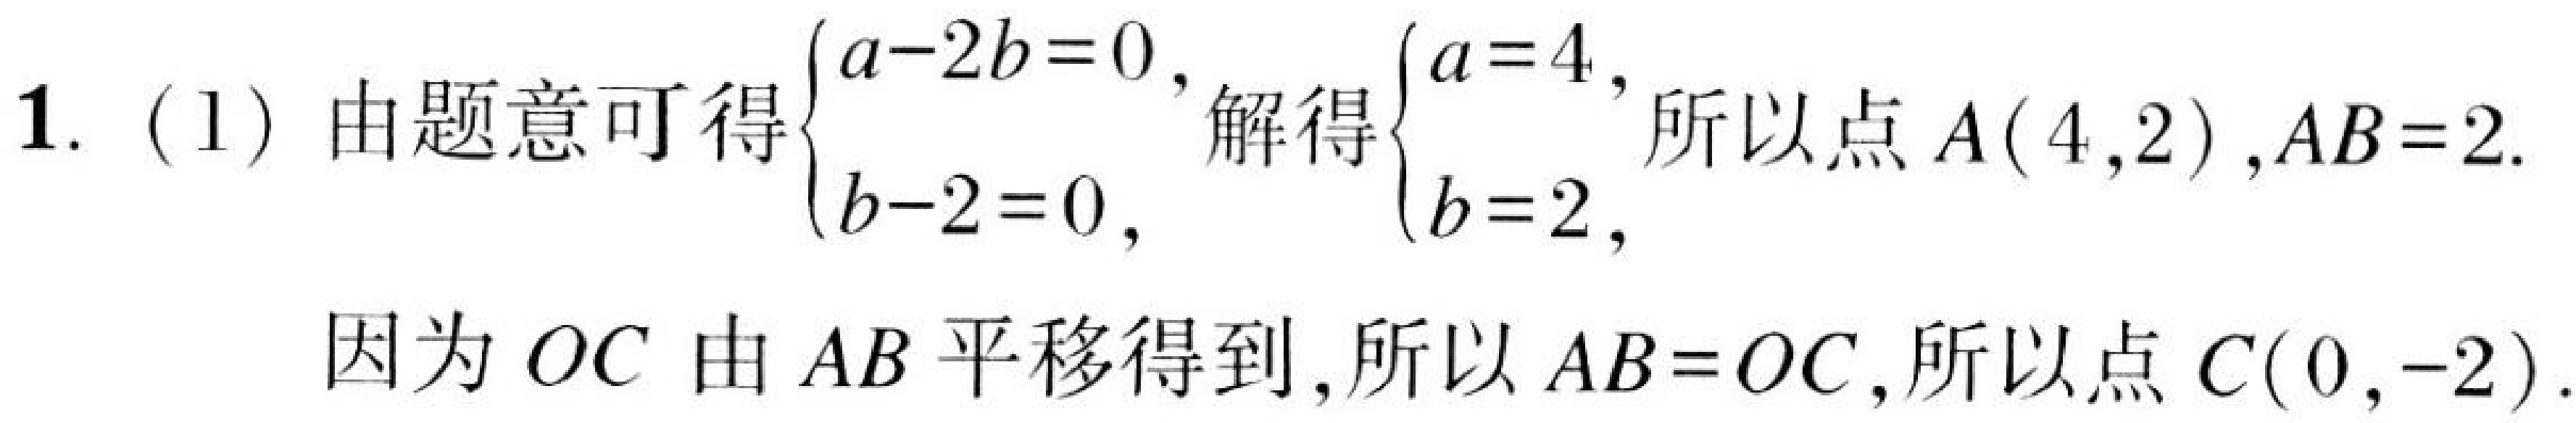
1. (1) 由题意可得\(\begin{cases}a - 2b = 0\\b - 2 = 0\end{cases}\)，解得\(\begin{cases}a = 4\\b = 2\end{cases}\)，所以点\(A(4,2)\)，\(AB = 2\).

因为 \(OC\) 由 \(AB\) 平移得到，所以 \(AB = OC\)，所以点 \(C(0,-2)\).